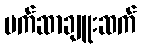
မက်ဆာချူးဆက်